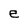
Character: e